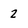
Character: 2